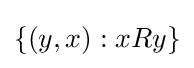
\left\{\left(y,x\right):xRy\right\}